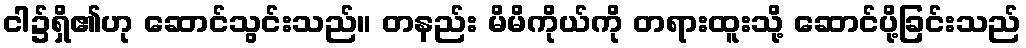
ငါ၌ရှိ၏ဟု ဆောင်သွင်းသည်။ တနည်း မိမိကိုယ်ကို တရားထူးသို့ ဆောင်ပို့ခြင်းသည်